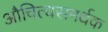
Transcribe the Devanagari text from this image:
औचित्यसमर्थक